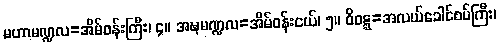
မဟာမဏ္ဍလ=အိမ်ဝန်းကြီး၊ ၄။ အဍ္ဎမဏ္ဍလ=အိမ်ဝန်းငယ်၊ ၅။ ဝိဝဋ္ဋ=အလယ်ခေါင်စပ်ကြီး၊